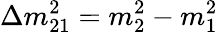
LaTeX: \Delta m_{21}^{2}=m_{2}^{2}-m_{1}^{2}